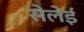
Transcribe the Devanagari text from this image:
सेलेई